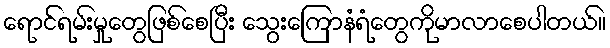
ရောင်ရမ်းမှုတွေဖြစ်စေပြီး သွေးကြောနံရံတွေကိုမာလာစေပါတယ်။